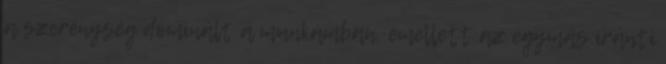
a szerénység dominált a munkámban, emellett az egymás iránti